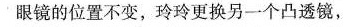
眼镜的位置不变，玲玲更换另一个凸透镜，